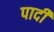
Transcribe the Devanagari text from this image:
पादीं